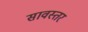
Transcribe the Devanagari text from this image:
सावस्तर